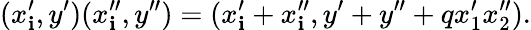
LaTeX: (x_{\mathbf{i}}^{\prime},y^{\prime})(x_{\mathbf{i}}^{\prime\prime},y^{\prime\prime})=(x_{\mathbf{i}}^{\prime}+x_{\mathbf{i}}^{\prime\prime},y^{\prime}+y^{\prime\prime}+qx_{1}^{\prime}x_{2}^{\prime\prime}).